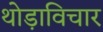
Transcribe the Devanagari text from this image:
थोड़ाविचार